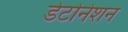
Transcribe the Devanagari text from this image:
डेटोनेशन